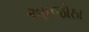
આજોઠા